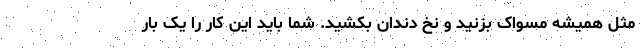
مثل همیشه مسواک بزنید و نخ دندان بکشید. شما باید این کار را یک بار